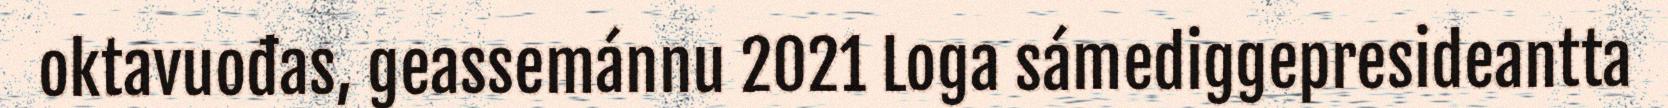
oktavuođas, geassemánnu 2021 Loga sámediggepresideantta